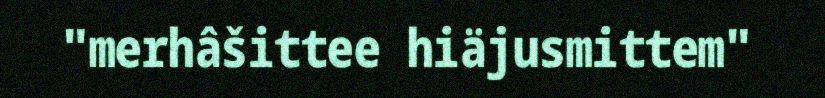
"merhâšittee hiäjusmittem"